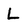
Character: L